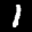
Label: 1